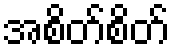
အစိတ်စိတ်